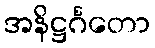
အနိဋ္ဌင်္ဂတော